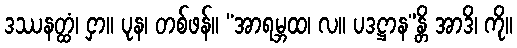
ဒဿနတ္ထံ၊ ငှာ။ ပုန၊ တစ်ဖန်။ “အာရမ္ဘထ၊ လ။ ပဒဋ္ဌာန”န္တိ အာဒိ၊ ကို။